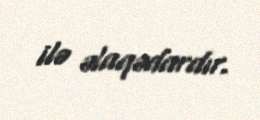
ilə əlaqədardır.